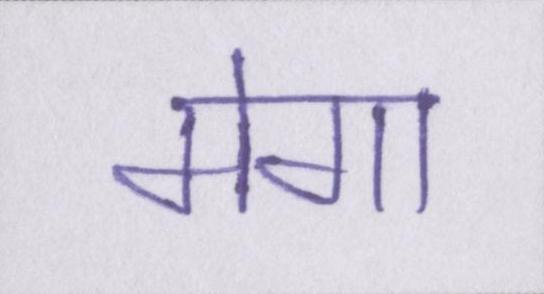
मेगा